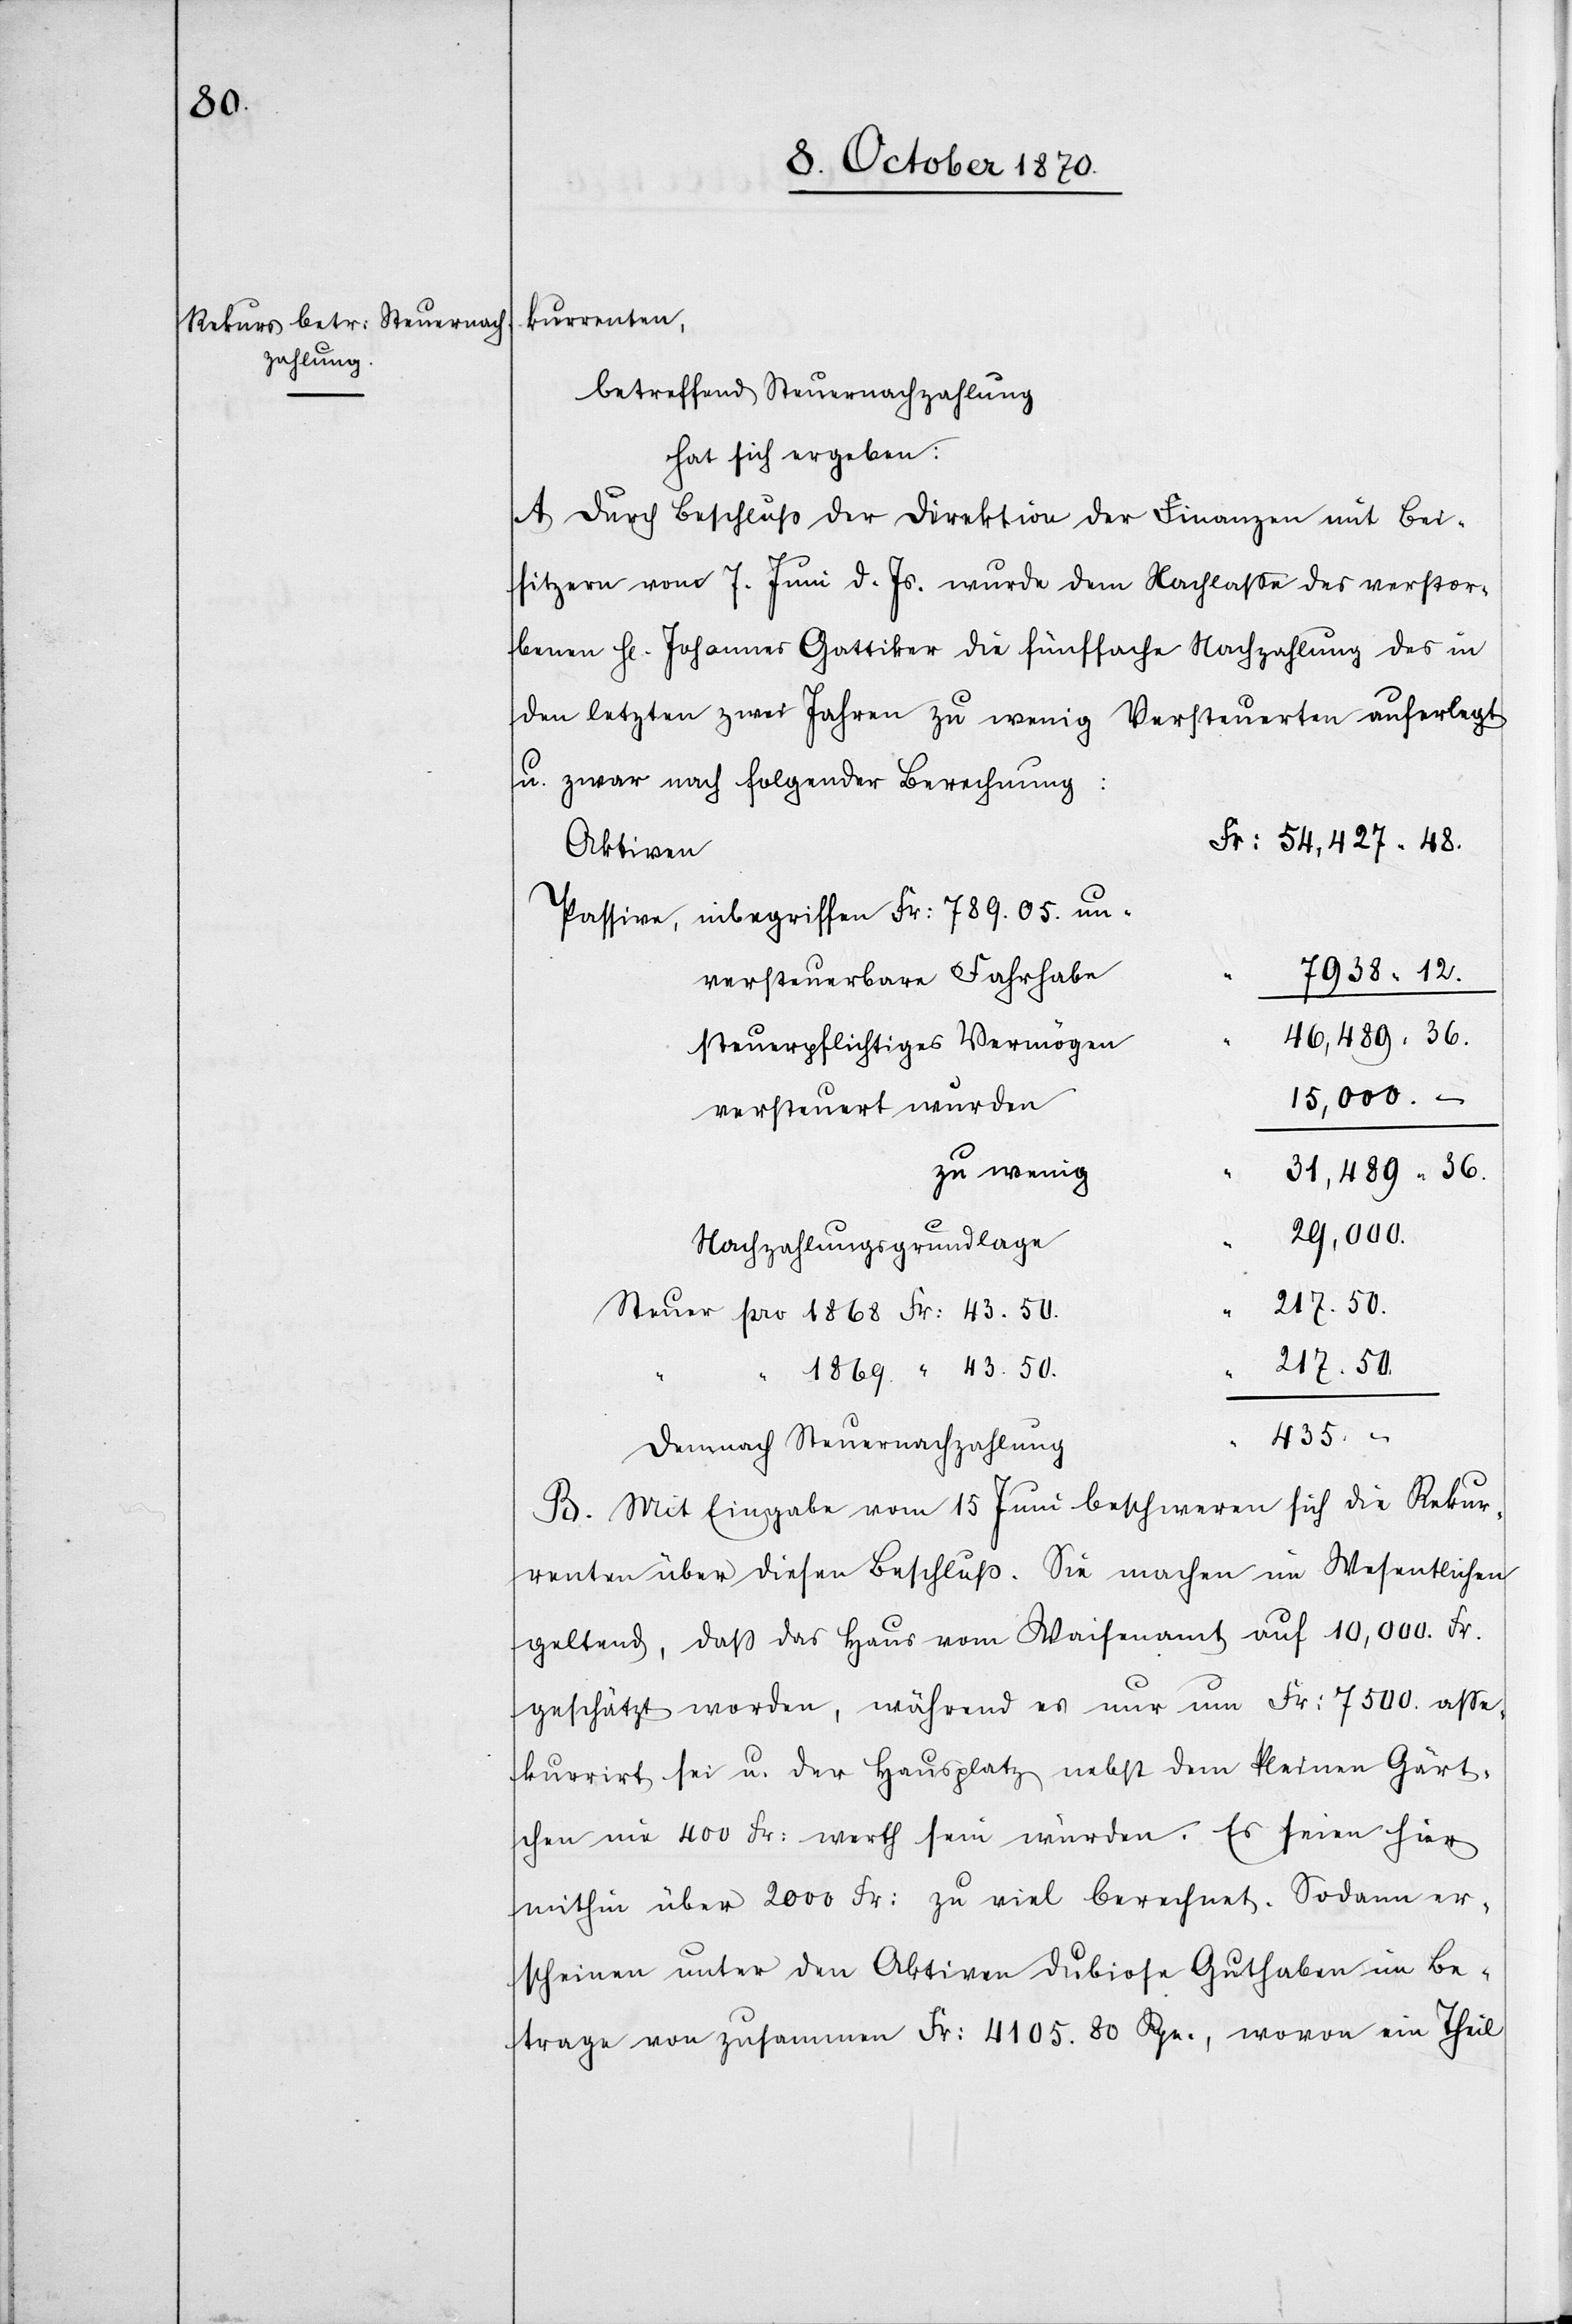
kurrenten,
betreffend Steuernachzahlung
hat sich ergeben:
A. Durch Beschluß der Direktion der Finanzen mit Bei¬
sitzern vom 7. Juni d. Js. wurde dem Nachlaße des verstor¬
benen H. Johannes Gattiker die fünffache Nachzahlung des in
den letzten zwei Jahren zu wenig Versteuerten auferlegt
u. zwar nach folgender Berechnung:
54,427.48.
Aktiven
Passiven, inbegriffen Fr: 789.05 un¬
7938.12
versteuerbarer Fahrhabe
46,489.36
steuerpflichtiges Vermögen
15,000.–
versteuert wurden
zu wenig
31,489.36
“
29,000
Nachzahlungsgrundlage
Steuer pro 1868 Fr: 43.50
217.50
1869 “ 43.50
435.–
demnach Steuernachzahlung
B. Mit Eingabe vom 15 Juni beschweren sich die Rekur¬
renten über diesen Beschluß. Sie machen im Wesentlichen
geltend, daß das Haus vom Waisenamt auf 10,000 Fr.
geschätzt worden, während es nur um Fr: 7500. asse¬
kurrirt sei u. der Hausplatz nebst dem kleinen Gärt¬
chen nie 400 Fr: werth sein würden. Es seien hier
mithin über 2000 Fr: zu viel berechnet. Sodann er¬
scheinen unter den Aktiven dubiose Guthaben im Be¬
trage von zusammen Fr: 4105.80 Rpn., wovon ein Theil